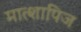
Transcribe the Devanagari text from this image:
मात्शापिज